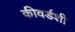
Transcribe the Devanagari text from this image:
कीवर्डशी